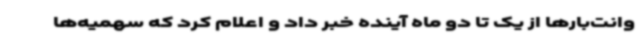
وانت‌بارها از یک تا دو ماه آینده خبر داد و اعلام کرد که سهمیه‌ها